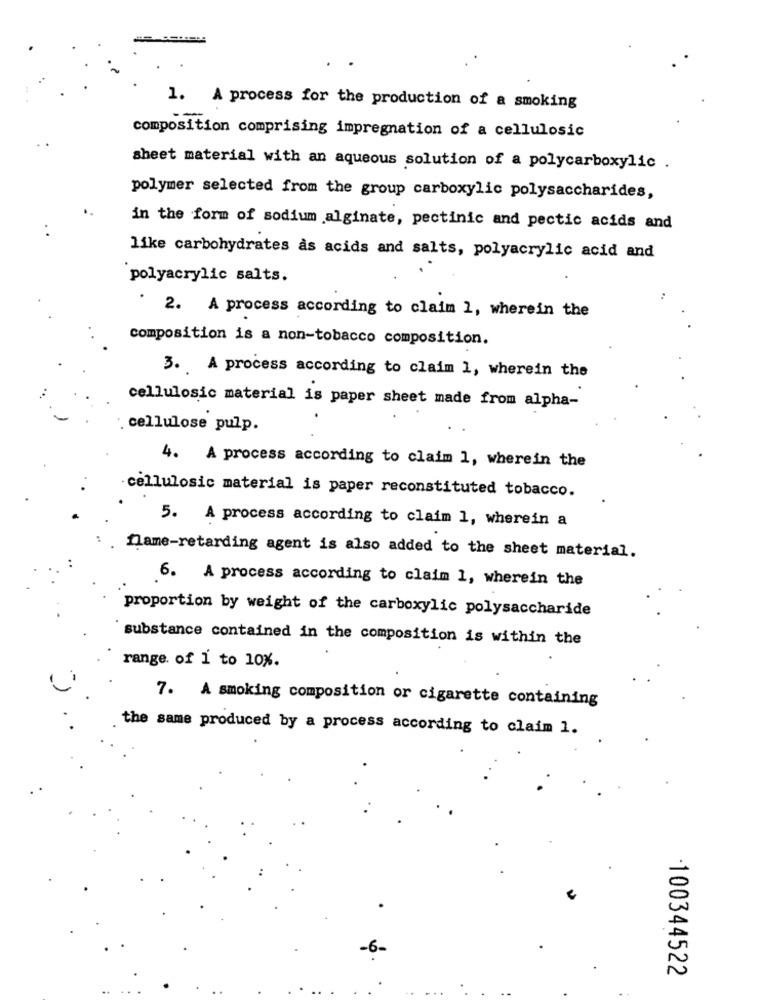
1. A process for the production of a smoking
composition comprising impregnation of a cellulosic
sheet material with an aqueous solution of a polycarboxylic .
polymer selected from the group carboxylic polysaccharides,
in the form of sodium alginate, pectinic and pectic acids and
like carbohydrates às acids and salts, polyacrylic acid and
polyacrylic salts.
2. A process according to claim 1, wherein the
composition is a non-tobacco composition.
3. A process according to claim 1, wherein the
cellulosic material is paper sheet made from alpha-
. cellulose pulp.
4. A process according to claim 1, wherein the
cellulosic material is paper reconstituted tobacco.
5. A process according to claim 1, wherein a
flame-retarding agent is also added to the sheet material.
6. A process according to claim 1, wherein the
proportion by weight of the carboxylic polysaccharide
substance contained in the composition is within the
range of 1 to 10%.
7. A smoking composition or cigarette containing
the same produced by a process according to claim 1.
-6-
100344522